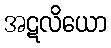
အဋလိယော